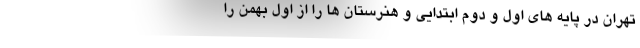
تهران در پایه های اول و دوم ابتدایی و هنرستان ها را از اول بهمن را